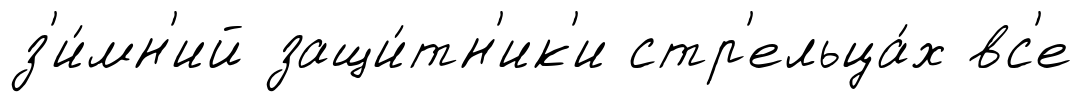
з'и́мн'ий защи́тн'ик'и стр'ельца́х вс'е